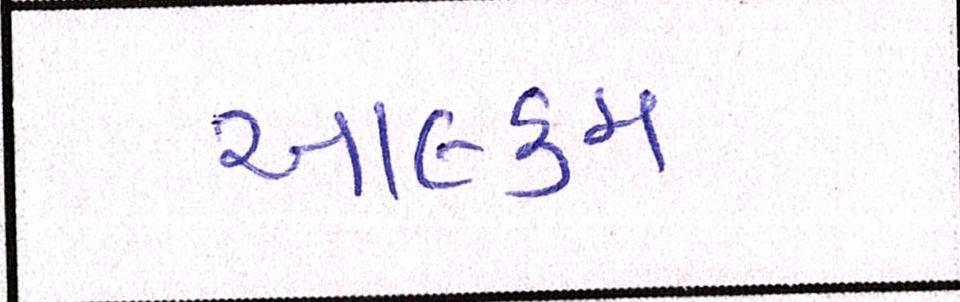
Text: આલ્કમ